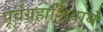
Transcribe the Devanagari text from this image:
पूर्वग्रहाशिवाय